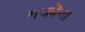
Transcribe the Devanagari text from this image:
गंधबेना